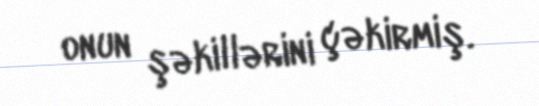
onun şəkillərini çəkirmiş.